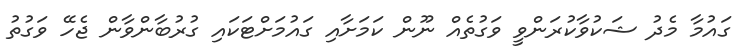
ގައުމާ މެދު ޝަކުވާކުރަންވީ ވަގުތެއް ނޫން ކަމަށާއި ގައުމަށްޓަކައި ގުރުބާންވާން ޖެހޭ ވަގުތު